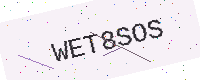
Text: WET8SOS